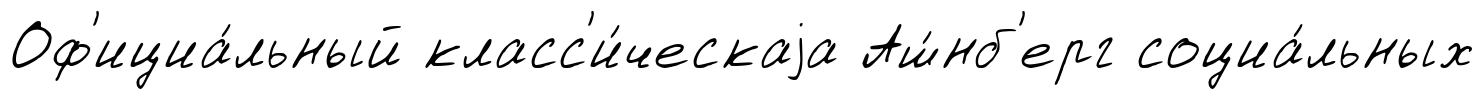
Оф'ициа́льный класс'и́ческаjа Аш́нб'ерг социа́льных